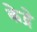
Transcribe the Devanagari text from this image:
केद्रे